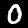
Label: 0